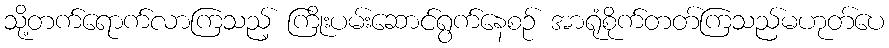
သို့တက်ရောက်လာကြသည့် ကြိုးပမ်းဆောင်ရွက်နေစဉ် အာရုံစိုက်တတ်ကြသည်မဟုတ်ပေ